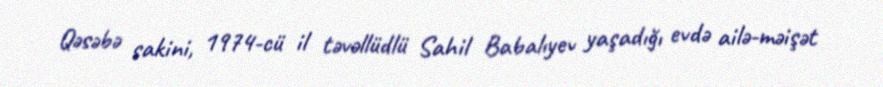
Qəsəbə sakini, 1974-cü il təvəllüdlü Sahil Babalıyev yaşadığı evdə ailə-məişət